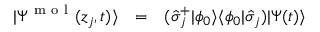
\begin{array} { c c l } { | \Psi ^ { \mathrm { ~ m ~ o ~ l ~ } } ( z _ { j } , t ) \rangle } & { = } & { ( \hat { \sigma } _ { j } ^ { + } | \phi _ { 0 } \rangle \langle \phi _ { 0 } | \hat { \sigma } _ { j } ) | \Psi ( t ) \rangle } \end{array}